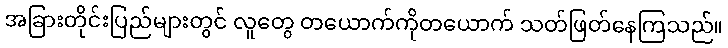
အခြားတိုင်းပြည်များတွင် လူတွေ တယောက်ကိုတယောက် သတ်ဖြတ်နေကြသည်။